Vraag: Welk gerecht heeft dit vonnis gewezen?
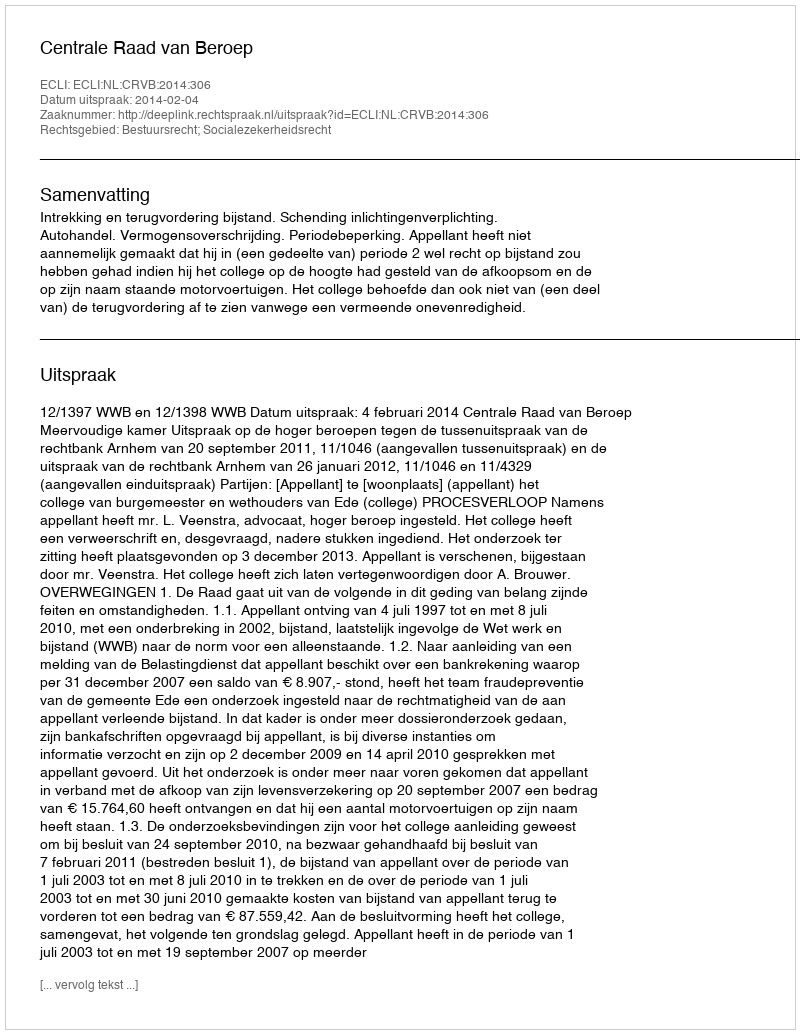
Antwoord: Centrale Raad van Beroep